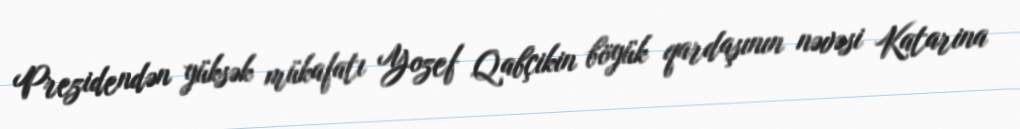
Prezidendən yüksək mükafatı Yozef Qabçikin böyük qardaşının nəvəsi Katarina